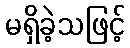
မရှိခဲ့သဖြင့်